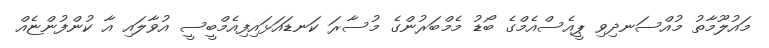
މައުލޫމާތު މުއްސަނދިވި ޕީއެސްއެމްގެ ބޯޑު މެމްބަރުންގެ މުސާރަ ކަނޑައަޅައިފިއެމްބީސީ އުވާލައި އާ ކުންފުންޏެއް